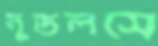
নুডলসে